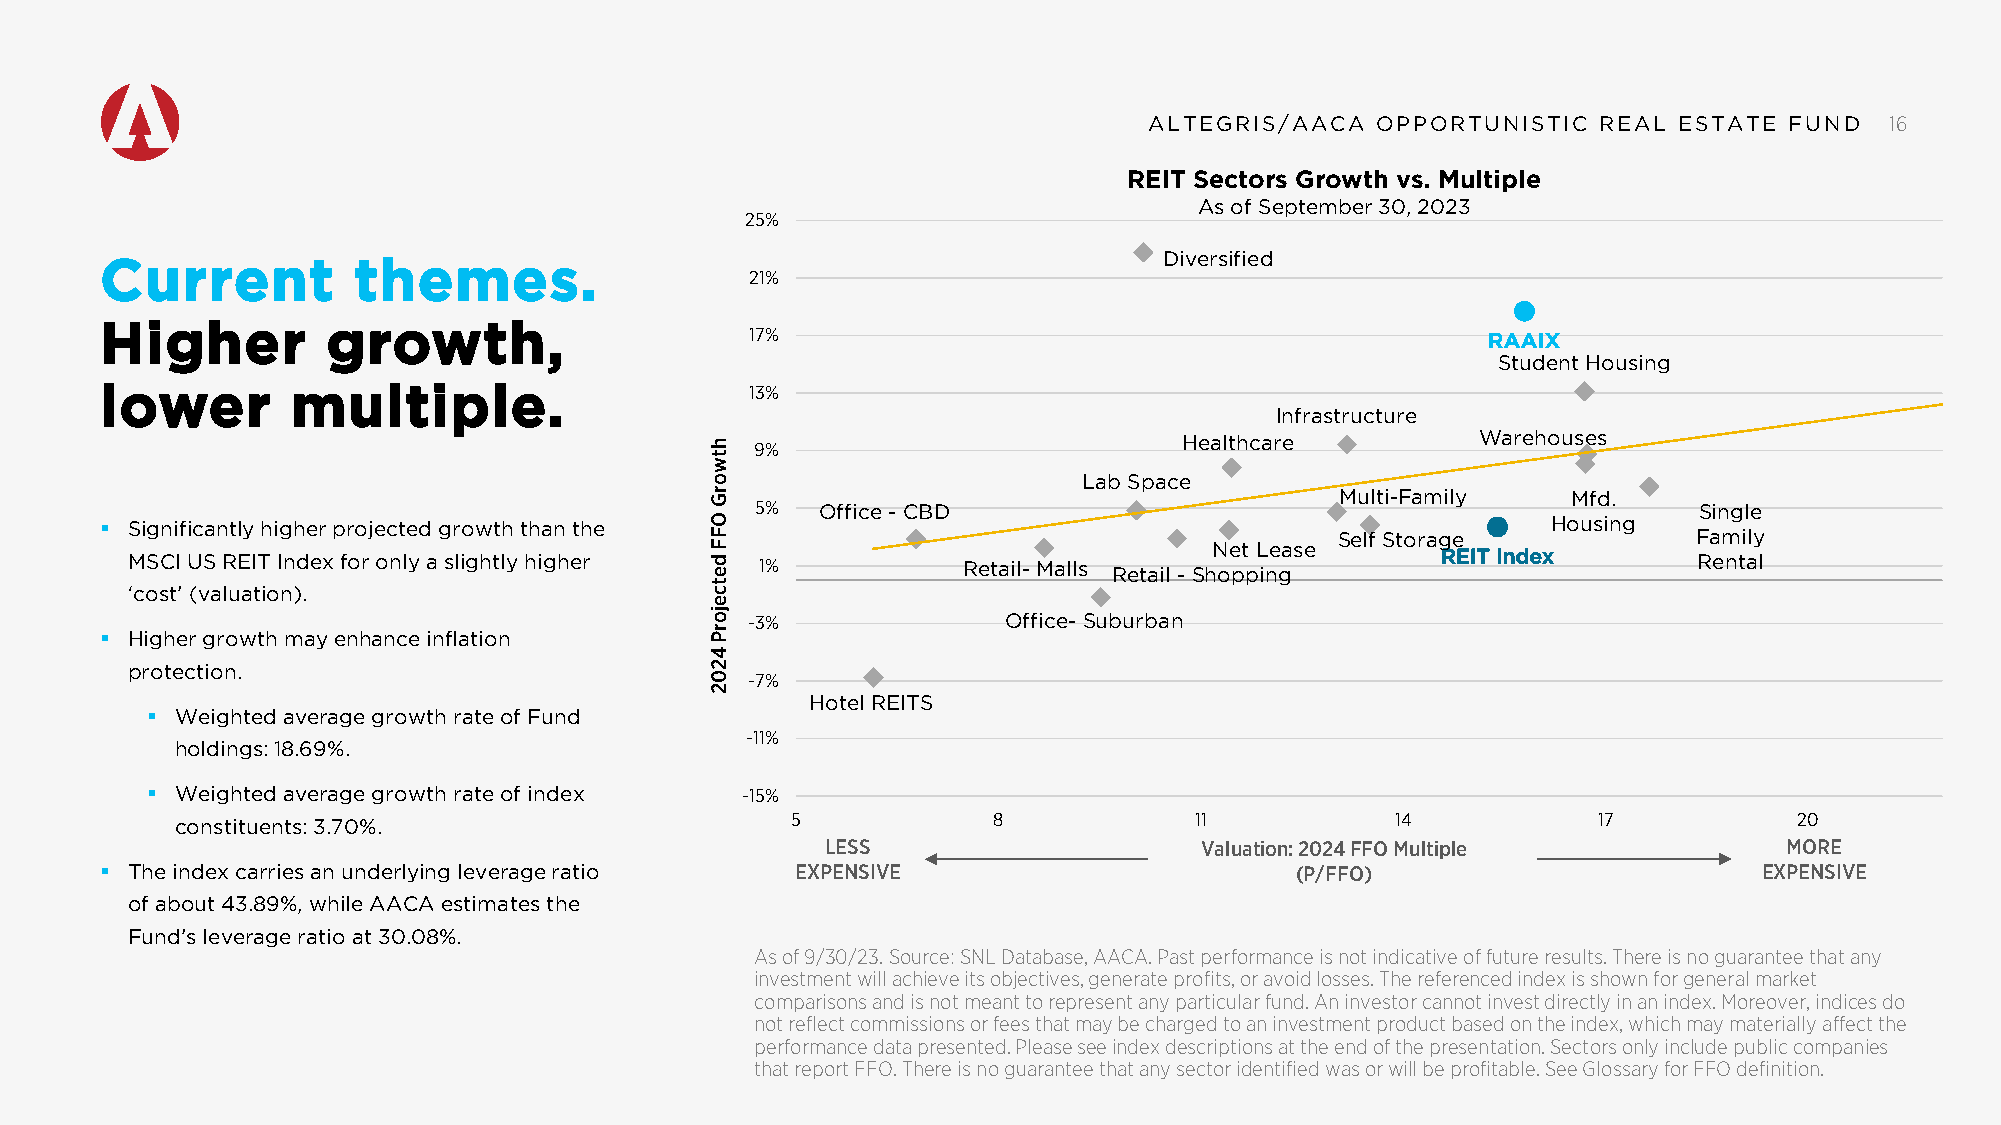
AALLTTEEGGRRIISS//AAAACCAA OOPPPPOORRTTUUNNIISSTTIICC RREEAALL EESSTTAATTEE FFUUNNDD 16
 REIT Sectors Growth vs. Multiple
 As of September 30, 2023
 25%
 Diversified
 Current         themes.
 21%
 Higher         growth,                     17%                                             RAAIX
 Student Housing
 lower       multiple.                      13%
 Infrastructure
 Healthcare          Warehouses 9%
 Lab Space
 Multi-Family   Mfd.
 5%  Office - CBD                                              Single
  Significantly higher projected growth than the                                                Housing
 Self Storage           Family
 Net Lease
 MSCI US REIT Index for only a slightly higher 1%        Retail- Malls Retail - Shopping REIT Index      Rental
 ‘cost’ (valuation).
 -3%               Office- Suburban
  Higher growth may enhance inflation
 protection.
 -7%
 Hotel REITS
  Weighted average growth rate of Fund
 -11%
 holdings: 18.69%.
  Weighted average growth rate of index -15%
 5             8            11           14            17           20
 constituents: 3.70%.
 LESS                    Valuation: 2024 FFO Multiple           MORE
  The index carries an underlying leverage ratio EXPENSIVE                     (P/FFO)                        EXPENSIVE
 of about 43.89%, while AACA estimates the
 Fund’s leverage ratio at 30.08%.
 As of 9/30/23. Source: SNL Database, AACA. Past performance is not indicative of future results. There is no guarantee that any
 investment will achieve its objectives, generate profits, or avoid losses. The referenced index is shown for general market
 comparisons and is not meant to represent any particular fund. An investor cannot invest directly in an index. Moreover, indices do
 not reflect commissions or fees that may be charged to an investment product based on the index, which may materially affect the
 performance data presented. Please see index descriptions at the end of the presentation. Sectors only include public companies
 that report FFO. There is no guarantee that any sector identified was or will be profitable. See Glossary for FFO definition.
 htworG
 OFF
 detcejorP
 4202